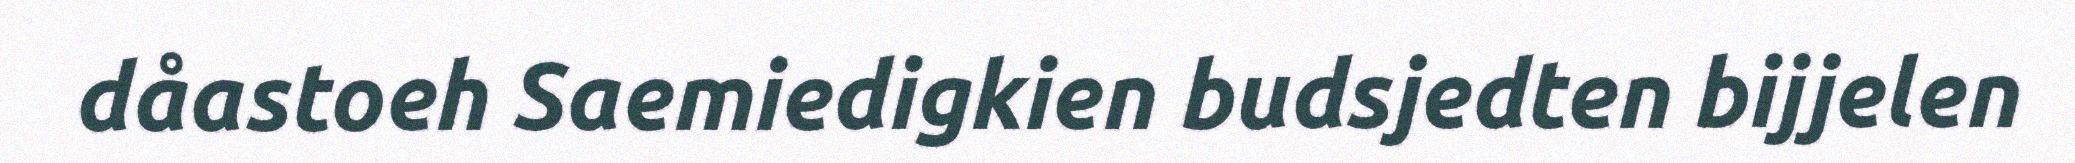
dåastoeh Saemiedigkien budsjedten bijjelen